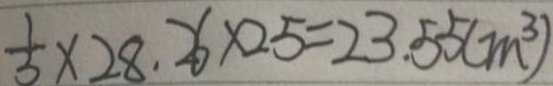
\frac { 1 } { 3 } \times 2 8 . 2 6 \times 2 5 = 2 3 . 5 5 ( m ^ { 3 } )